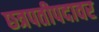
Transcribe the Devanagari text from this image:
छत्रपतीपदावर